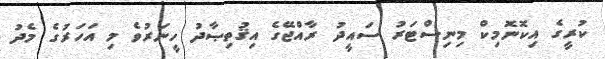
ކުރީގެ އިކޮނޮމިކް މިނިސްޓަރު ސައީދު ރާއްޖޭގެ އިޤުތިޞާދު ހީނަރުވެ މި އަހަރުގެ މެދު